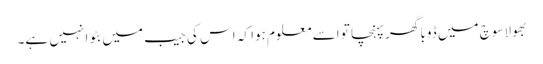
بھولاسوچ میں ڈوبا گھر پہنچا تو اسے معلوم ہوا کہ اس کی جیب میں بٹوا نہیں ہے۔